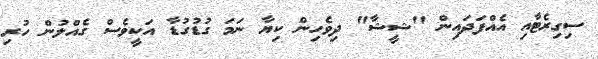
ސިގިރެޓާއި އެއްފަަދައިން "ޝީޝާ" ދިވެހިން ކިޔާ ނަމަ ގުޑުގުޑާ އަކީވެސް ގެއްލުން ހުރި